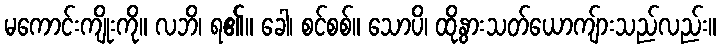
မကောင်းကျိုးကို။ လဘိ၊ ရ၏။ ခေါ၊ စင်စစ်။ သောပိ၊ ထိုနွားသတ်ယောကျ်ားသည်လည်း။